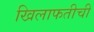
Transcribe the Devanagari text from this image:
खिलाफतीची